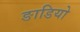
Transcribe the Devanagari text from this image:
ङाडियो